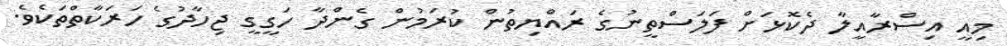
މިއީ އިސްރާއީލާ ދެކޮޅަށް ފަލަސްތީނުގެ ރައްޔިތުން ކުރަމުން ގެންދާ ހަގީގީ ޖިހާދުގެ ހަރަކާތްތަކެވެ.